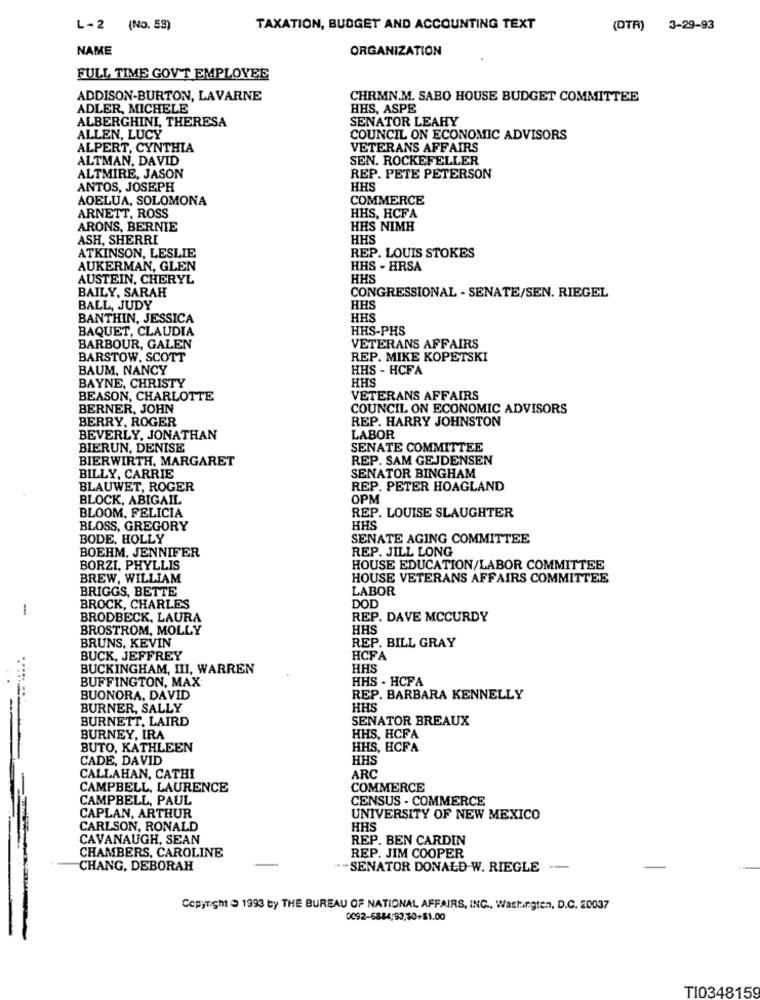
L-2 (No. 53)
TAXATION, BUDGET AND ACCOUNTING TEXT
(DTR) 3-29-93
NAME
ORGANIZATION
FULL TIME GOV'T EMPLOYEE
ADDISON-BURTON, LAVARNE
CHRMN.M. SABO HOUSE BUDGET COMMITTEE
ADLER, MICHELE
HHS, ASPE
ALBERGHINI, THERESA
SENATOR LEAHY
ALLEN, LUCY
COUNCIL ON ECONOMIC ADVISORS
ALPERT, CYNTHIA
VETERANS AFFAIRS
ALTMAN, DAVID
SEN. ROCKEFELLER
ALTMIRE, JASON
REP. PETE PETERSON
ANTOS, JOSEPH
HHS
AOELUA, SOLOMONA
COMMERCE
ARNETT, ROSS
HHS, HCFA
ARONS, BERNIE
HRS NIMH
ASH, SHERRI
HHS
ATKINSON, LESLIE
REP. LOUIS STOKES
AUKERMAN, GLEN
HHS - HRSA
AUSTEIN, CHERYL
HHS
BAILY, SARAH
CONGRESSIONAL - SENATE/SEN. RIEGEL
BALL, JUDY
HES
BANTHIN, JESSICA
HH
BAQUET, CLAUDIA
HHS-PHS
BARBOUR, GALEN
VETERANS AFFAIRS
BARSTOW. SCOTT
REP. MIKE KOPETSKI
BAUM, NANCY
HHS - HCFA
BAYNE, CHRISTY
HHS
BEASON, CHARLOTTE
VETERANS AFFAIRS
BERNER, JOHN
COUNCIL ON ECONOMIC ADVISORS
BERRY, ROGER
REP. HARRY JOHNSTON
BEVERLY, JONATHAN
LABOR
BIERUN, DENISE
SENATE COMMITTEE
BIERWIRTH, MARGARET
REP. SAM GEJDENSEN
SENATOR BINGHAM
BILLY, CARRIE
BLAUWET, ROGER
REP. PETER HOAGLAND
BLOCK, ABIGAIL
OPM
REP. LOUISE SLAUGHTER
BLOOM, FELICIA
BLOSS, GREGORY
HHS
BODE, HOLLY
SENATE AGING COMMITTEE
BOEHM. JENNIFER
REP. JILL LONG
BORZI, PHYLLIS
HOUSE EDUCATION/LABOR COMMITTEE
BREW, WILLIAM
HOUSE VETERANS AFFAIRS COMMITTEE
BRIGGS, BETTE
LABOR
-
BROCK, CHARLES
DOD
BRODBECK, LAURA
REP. DAVE MCCURDY
BROSTROM, MOLLY
HHS
BRUNS, KEVIN
REP. BILL GRAY
BUCK, JEFFREY
HCFA
BUCKINGHAM, III, WARREN
HHS
BUFFINGTON, MAX
HHS - HCFA
BUONORA, DAVID
REP. BARBARA KENNELLY
BURNER, SALLY
HHS
BURNETT, LAIRD
SENATOR BREAUX
BURNEY, IRA
HHS, HCFA
BUTO, KATHLEEN
HHS, HCFA
CADE, DAVID
HHS
CALLAHAN, CATHI
ARC
CAMPBELL, LAURENCE
COMMERCE
CAMPBELL, PAUL
CENSUS - COMMERCE
CAPLAN, ARTHUR
UNIVERSITY OF NEW MEXICO
CARLSON, RONALD
HHS
CAVANAUGH, SEAN
REP. BEN CARDIN
CHAMBERS, CAROLINE
REP. JIM COOPER
CHANG, DEBORAH
.- SENATOR DONALD W. RIEGLE --
Copyright > 1993 by THE BUREAU OF NATIONAL AFFAIRS, INC ., Washington, D.C. 20037
0092-6884;93,40+$1.00
TI0348159